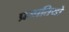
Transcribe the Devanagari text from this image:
प्रजातियो